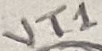
Text: VT1